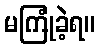
မကြုံခဲ့ရ။